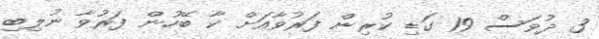
3 ދުވަސް 19 ގަޑި ކުރިން ފަރުވާއަށް ކާ ބޭހުން ފަރުވާ ނުލިބި